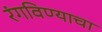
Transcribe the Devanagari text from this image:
रंगविण्याचा